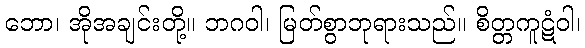
ဘော၊ အိုအချင်းတို့။ ဘဂဝါ၊ မြတ်စွာဘုရားသည်။ စိတ္တကူဋံဝါ၊